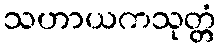
သဟာယကသုတ္တံ